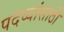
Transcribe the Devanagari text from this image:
पदव्यांसाठी